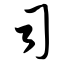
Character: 司